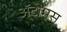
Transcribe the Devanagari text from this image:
अॅटोमस